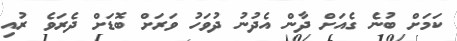
ކަމަށް ބުނެ ގެއަށް ދާން އެދުނު ދުވަހު ވަރަށް ބޮޑަށް ދެރަވެ ރުއި